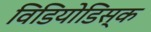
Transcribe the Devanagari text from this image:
विडियोडिस्क